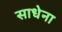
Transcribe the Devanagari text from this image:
साधेना